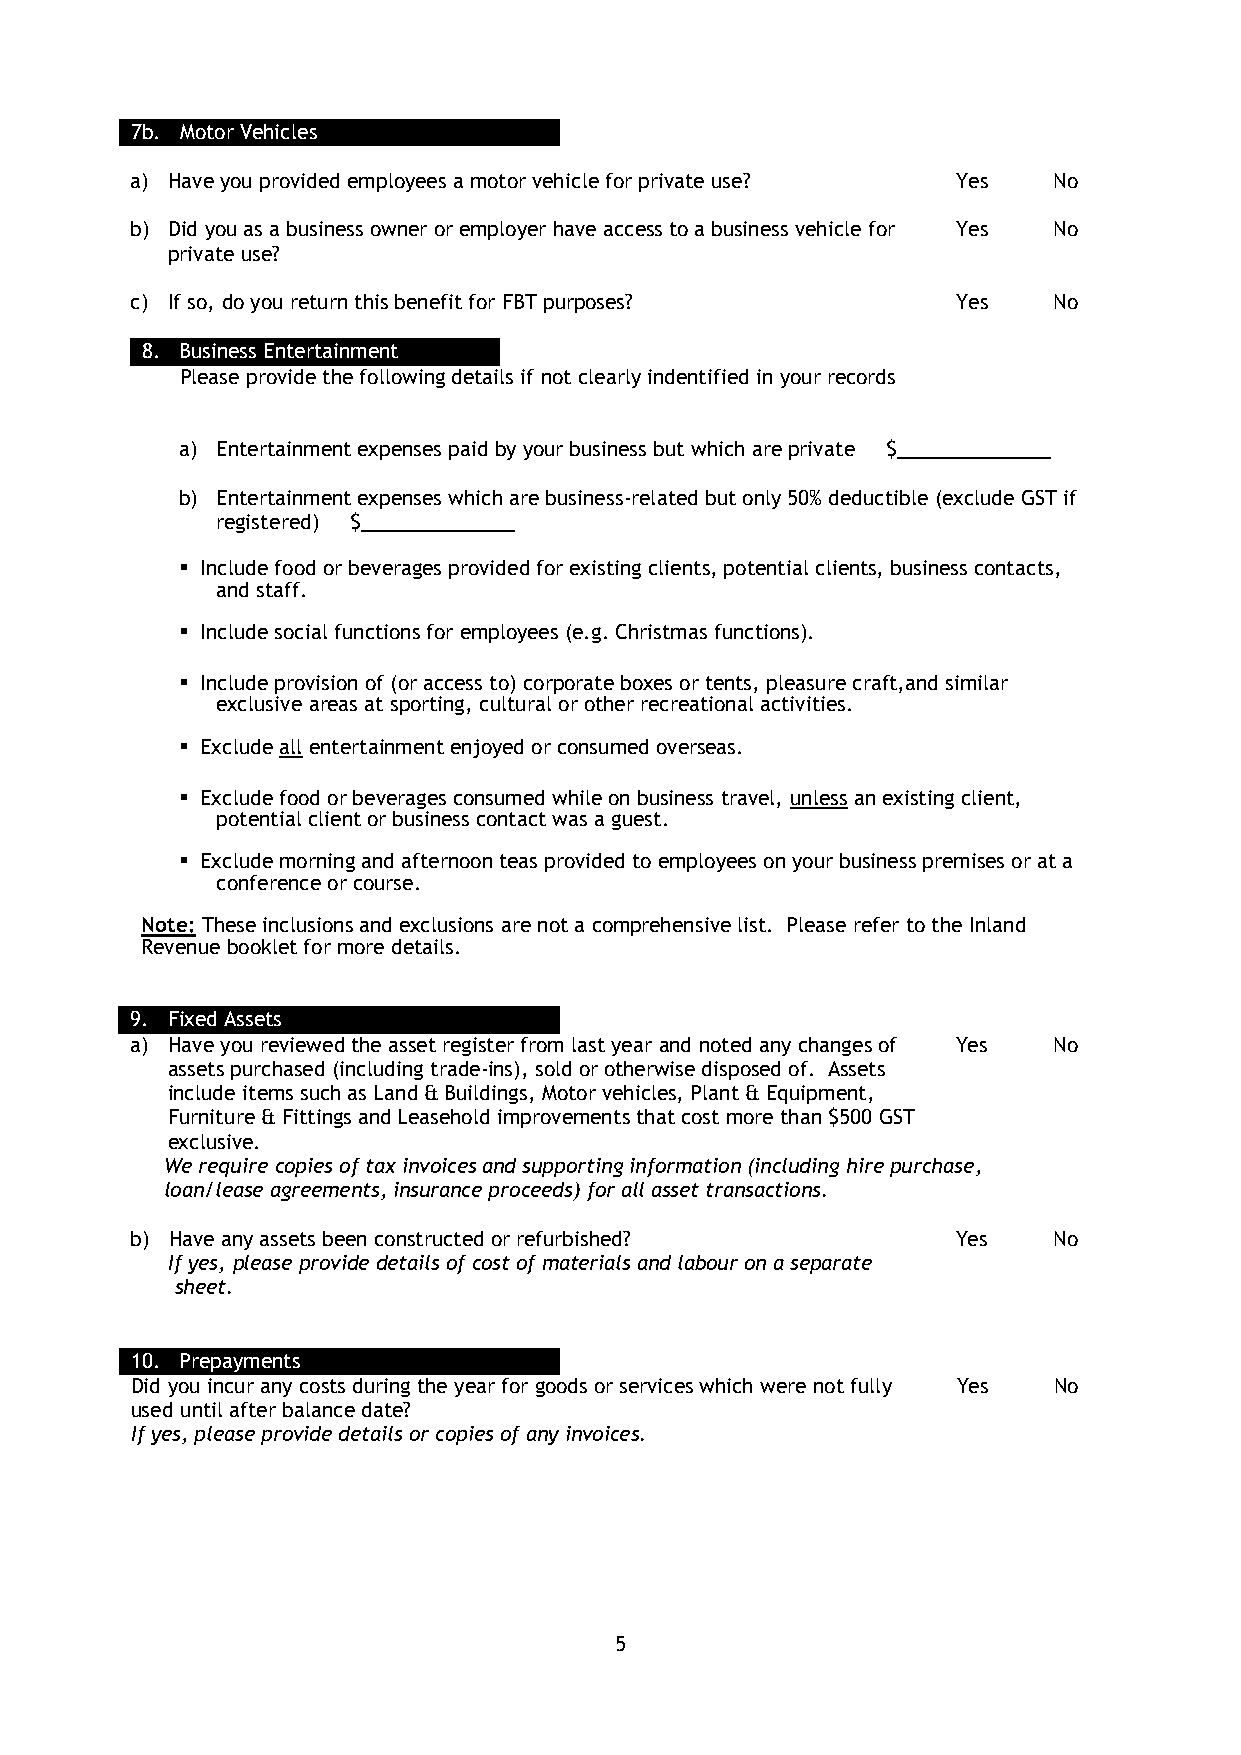
7b. Motor Vehicles
 a) Have you provided employees a motor vehicle for private use? Yes No
 b) Did you as a business owner or employer have access to a business vehicle for Yes No
 private use?
 c) If so, do you return this benefit for FBT purposes? Yes   No
 8. Business Entertainment
 Please provide the following details if not clearly indentified in your records
 a) Entertainment expenses paid by your business but which are private $______________
 b) Entertainment expenses which are business-related but only 50% deductible (exclude GST if
 registered) $______________
  Include food or beverages provided for existing clients, potential clients, business contacts,
 and staff.
  Include social functions for employees (e.g. Christmas functions).
  Include provision of (or access to) corporate boxes or tents, pleasure craft,and similar
 exclusive areas at sporting, cultural or other recreational activities.
  Exclude all entertainment enjoyed or consumed overseas.
  Exclude food or beverages consumed while on business travel, unless an existing client,
 potential client or business contact was a guest.
  Exclude morning and afternoon teas provided to employees on your business premises or at a
 conference or course.
 Note: These inclusions and exclusions are not a comprehensive list. Please refer to the Inland
 Revenue booklet for more details.
 9. Fixed Assets
 a) Have you reviewed the asset register from last year and noted any changes of Yes No
 assets purchased (including trade-ins), sold or otherwise disposed of. Assets
 include items such as Land & Buildings, Motor vehicles, Plant & Equipment,
 Furniture & Fittings and Leasehold improvements that cost more than $500 GST
 exclusive.
 We require copies of tax invoices and supporting information (including hire purchase,
 loan/lease agreements, insurance proceeds) for all asset transactions.
 b) Have any assets been constructed or refurbished?   Yes    No
 If yes, please provide details of cost of materials and labour on a separate
 sheet.
 10. Prepayments
 Did you incur any costs during the year for goods or services which were not fully Yes No
 used until after balance date?
 If yes, please provide details or copies of any invoices.
 5